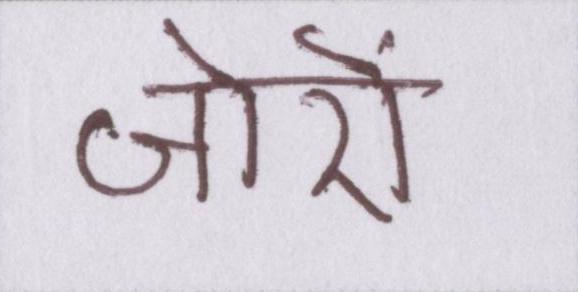
जोरों